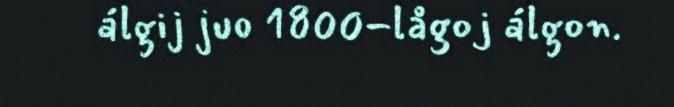
álgij juo 1800-lågoj álgon.